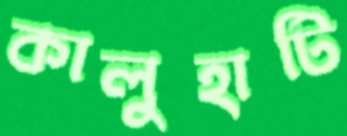
কালুহাটি